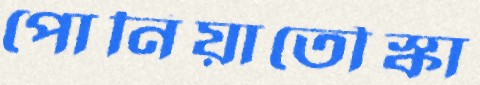
পোনিয়াতৌস্কা